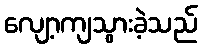
လျော့ကျသွားခဲ့သည်